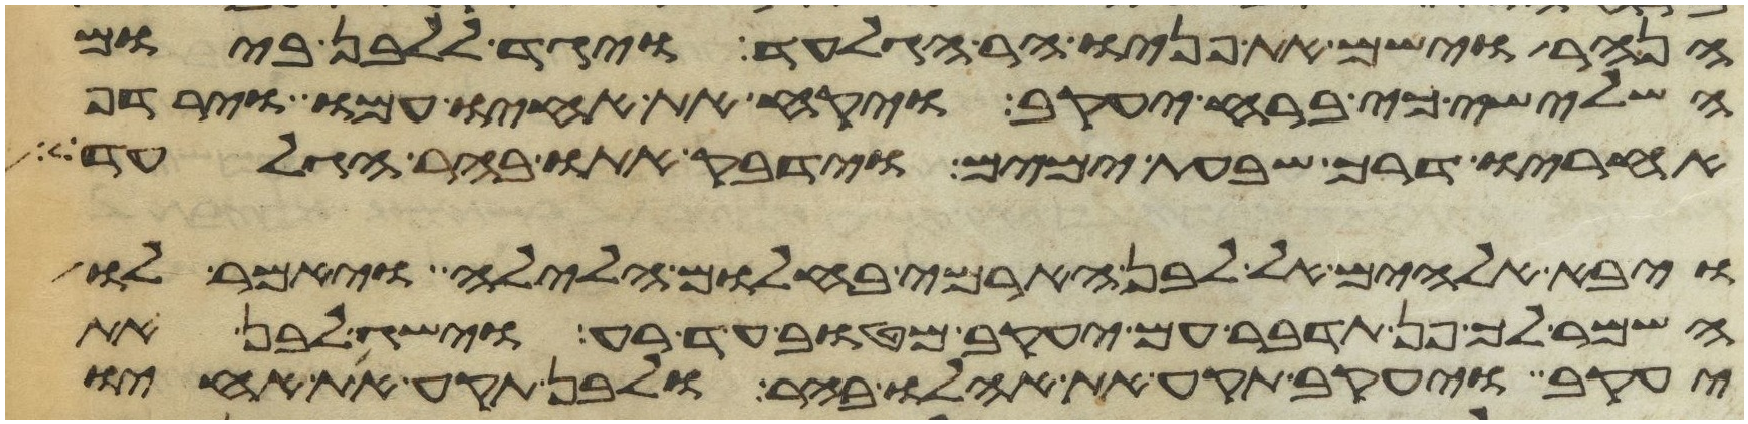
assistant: הנהר וישם את פניו הר הגלעד ויגד ללבן ביום
השלישי כי ברח יעקב ויקח את אחיו עמו וירדף
אחריו דרך שבעת ימים וידבק אתו בהר הגלעד
ויבא אלהים אל לבן הארמי בחלום הלילה ויאמר לו
השמר לך פן תדבר עם יעקב מטוב עד רע וישג לבן את
יעקב ויעקב תקע את אהלו בהר ולבן תקע את אחיו